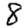
Digit: 8